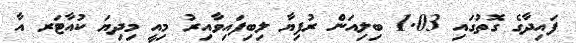
ފައިދާގެ ގޮތުގައި 1.03 ބިލިއަން ރުފިޔާ ލިބިފައިވާއިރު މިއީ މިދިޔަ ކުއާޓަރ އާ